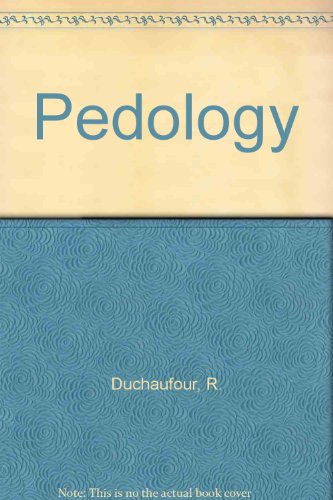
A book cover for Pedology: Pedogenesis and classification; R. Duchaufour; Science & Math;